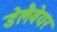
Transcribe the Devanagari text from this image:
डेलैवेयर